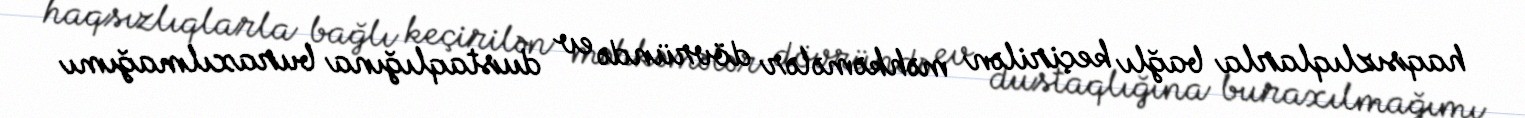
haqsızlıqlarla bağlı keçirilən məhkəmələr dövründə ev dustaqlığına buraxılmağımı